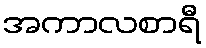
အကာလစာရီ